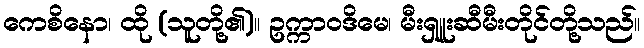
ကေစိနော၊ ထို (သူတို့၏)။ ဥက္ကာဝဒိမေ၊ မီးရှူးဆီမီးတိုင်တို့သည်။